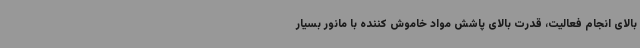
بالای انجام فعالیت، قدرت بالای پاشش مواد خاموش کننده با مانور بسیار